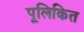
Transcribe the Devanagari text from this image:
पूलिकित